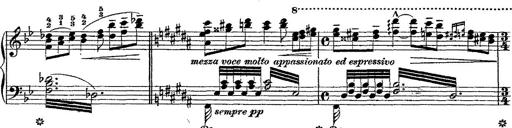
Title: Fantaisie romantique sur deux mÃ©lodies suisses
Composer: Franz Liszt